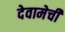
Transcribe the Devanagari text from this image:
देवामेची